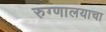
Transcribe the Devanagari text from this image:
रुग्णालयाचा